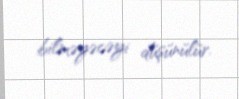
bilməyəcəyi düşünülür.